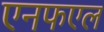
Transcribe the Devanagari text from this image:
एनफएल